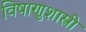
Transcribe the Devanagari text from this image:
विषाणुशास्त्री